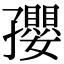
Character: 孾